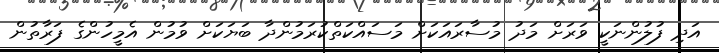
އަދި ފުލުންނަކީ ވަރަށް މަދު މުސާރައަކަށް މަސައްކަތްކުރަމުންދާ ބަޔަކަށް ވުމުން އެމީހުންގެ ފަރާތުން